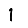
Digit: 1